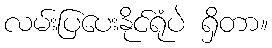
လမ်းပြပေးနိုင်ရုံပဲ ရှိတာ။